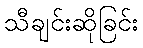
သီချင်းဆိုခြင်း